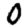
Digit: 0